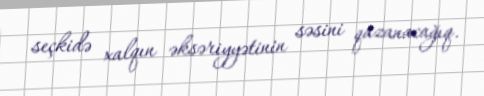
seçkidə xalqın əksəriyyətinin səsini qazanacağıq.